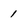
Character: 1